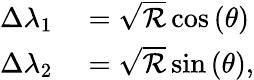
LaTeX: \begin{array}{rl}{\Delta\lambda_{1}}&{{}=\sqrt{\mathcal{R}}\cos\left(\theta\right)}\\ {\Delta\lambda_{2}}&{{}=\sqrt{\mathcal{R}}\sin\left(\theta\right),}\end{array}